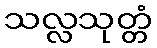
သလ္လသုတ္တံ